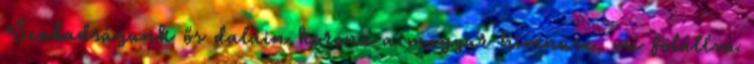
Szabadságunk ős dalain korona a magyar himnusz, mi fölállva